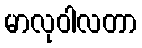
မာလုဝါလတာ